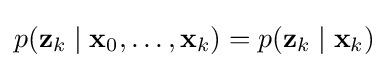
p(\mathbf {z} _{k}\mid \mathbf {x} _{0},\dots ,\mathbf {x} _{k})=p(\mathbf {z} _{k}\mid \mathbf {x} _{k})